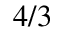
4 / 3